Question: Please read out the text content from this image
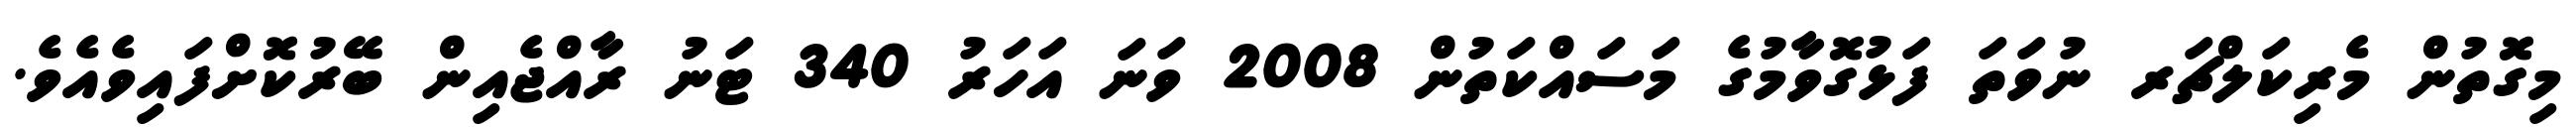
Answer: މިގޮތުން މެރިކަލްޗަރ ނުވަތަ ފަޅުގޮވާމުގެ މަސައްކަތުން 2008 ވަނަ އަހަރު 340 ޓަނު ރާއްޖެއިން ބޭރުކޮށްފައިވެއެވެ.